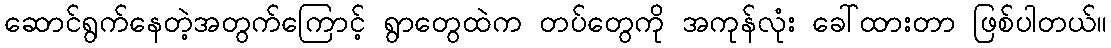
ဆောင်ရွက်နေတဲ့အတွက်ကြောင့် ရွာတွေထဲက တပ်တွေကို အကုန်လုံး ခေါ်ထားတာ ဖြစ်ပါတယ်။